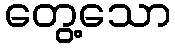
တွေ့သော